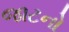
જાટનો